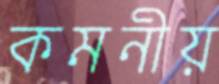
কমনীয়